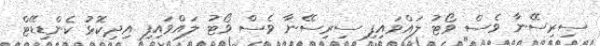
ސިރިސޭނާ ވެސް ވޯޓު ލައްވައިފި ސިރިސޭނާ ވެސް ވޯޓު ލައްވައިފި އިދިކޮޅު ކެންޑިޑޭޓް